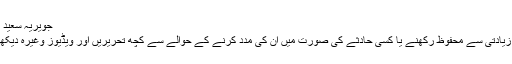
جویریہ سعید - Daleel.Pk
بچوں کو جنسی زیادتی سے محفوظ رکھنے یا کسی حادثے کی صورت میں ان کی مدد کرنے کے حوالے سے کچھ تحریریں اور ویڈیوز وغیرہ دیکھنے کا اتفاق ہوا۔